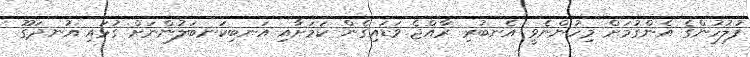
ފުލުހުންގެ އެންގުމަށް މިހުންނެވީ އެނބުރި ރާއްޖެ ވަޑައިގެން ކަމަށާއި އަނބިކަނބަލުންނަށް ގުޅައި އުނދަގޫ